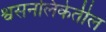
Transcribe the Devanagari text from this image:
श्वसनलिकेतील